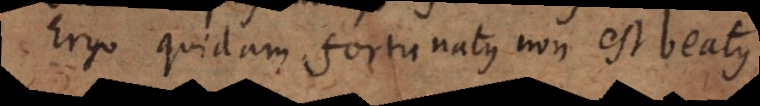
Ergo quidam fortunatus non est beatu